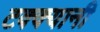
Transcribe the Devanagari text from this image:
टक्क्यानी